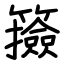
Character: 籡